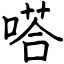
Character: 嗒